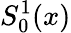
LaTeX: S_{0}^{1}(x)